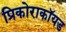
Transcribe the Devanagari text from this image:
प्रिकोराकॉयड